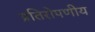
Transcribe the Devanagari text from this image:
प्रतिरोपणीय